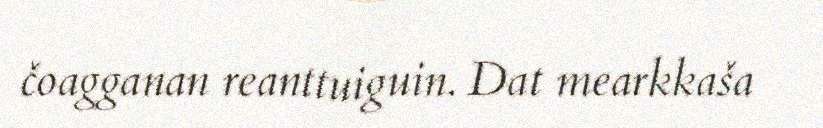
čoagganan reanttuiguin. Dat mearkkaša